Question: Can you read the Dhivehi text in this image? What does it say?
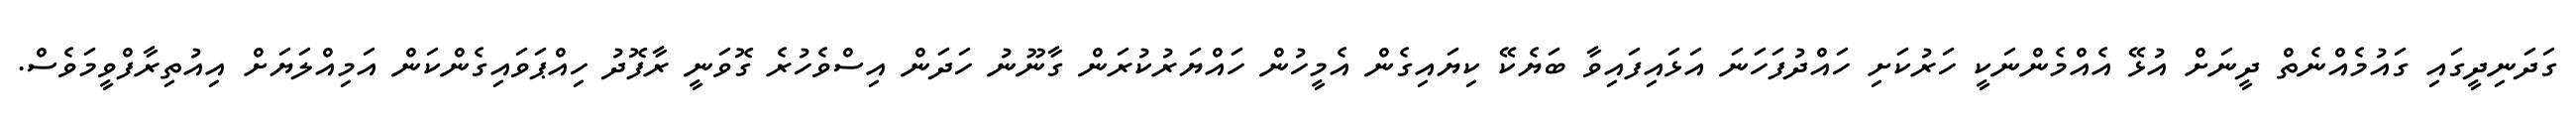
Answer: ގަދަނިދީގައި ގައުމެއްނެތް ދީނަށް އުޅޭ އެއްމެންނަކީ ހަރުކަށި ހައްދުފަހަނަ އަޅައިފައިވާ ބަޔެކޭ ކިޔައިގެން އެމީހުން ހައްޔަރުކުރަން ގާނޫނު ހަދަން އިސްވެހުރެ ގޮވަނީ ރާފޮދު ހިއްޕަވައިގެންކަން އަމިއްލަޔަށް އިއުތިރާފްވީމަވެސް.